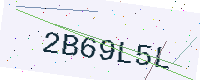
Text: 2B69L5L